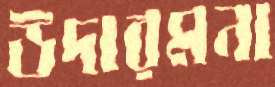
উদারমনা